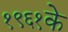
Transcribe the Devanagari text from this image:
१९६१के